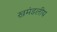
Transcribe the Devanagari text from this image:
खमंडलीय